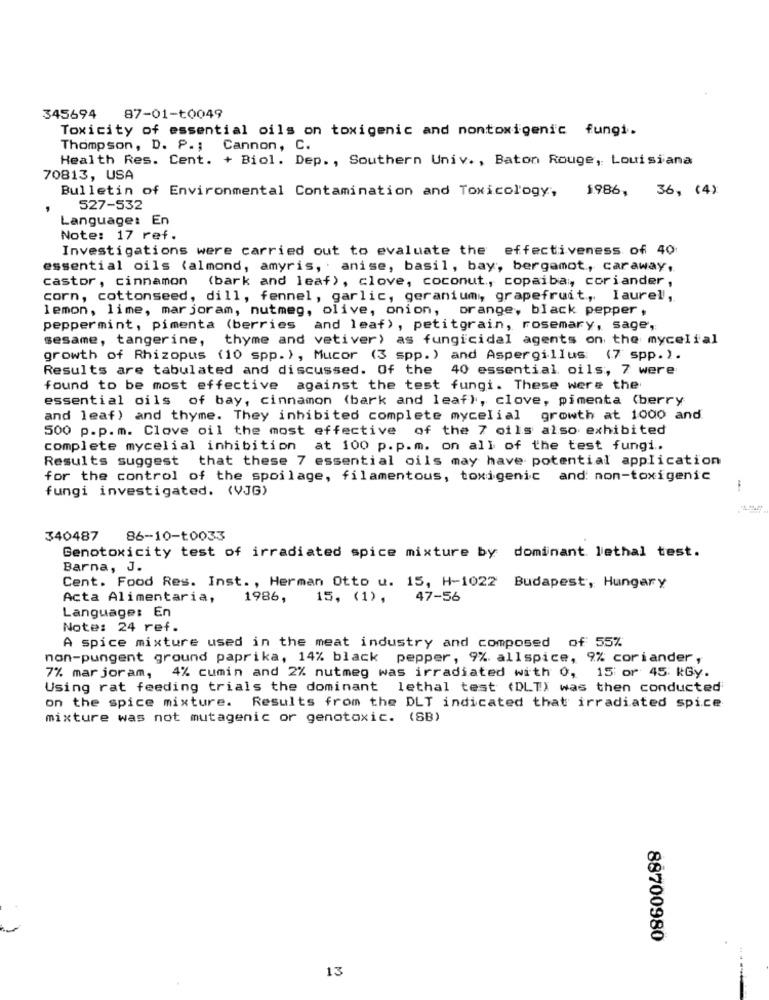
345694
87-01-t0049
Toxicity of essential oils on toxigenic and nontoxigenic fungi.
Thompson, D. P .; Cannon, C.
Health Res. Cent. + Biol. Dep ., Southern Univ ., Baton Rouge, Louisiana
70813, USA
Bulletin of Environmental Contamination and Toxicology, 1986, 36, (4)
527-532
Language: En
Note: 17 ref.
Investigations were carried out to evaluate the effectiveness of 40
essential oils (almond, amyris, anise, basil, bay, bergamot, caraway,
castor, cinnamon
(bark and leaf), clove, coconut, copaiba, coriander ,
corn, cottonseed, dill, fennel, garlic, geranium, grapefruit, laurel,
lemon, lime, mar joram, nutmeg, olive, onion, orange, black pepper ,
peppermint, pimenta (berries and leaf), petitgrain, rosemary, sage,
sesame, tangerine, thyme and vetiver) as fungicidal agents on the mycelial
growth of Rhizopus (10 spp. ), Mucor (3 spp.) and Aspergillus (7 spp.).
Results are tabulated and discussed. Of the 40 essential oils, 7 were
found to be most effective against the test fungi. These were the
essential oils of bay, cinnamon (bark and leaf), clove, pimenta (berry
and leaf) and thyme. They inhibited complete mycelial growth at 1000 and
500 p.p.m. Clove oil the most effective of the 7 oils also exhibited
complete mycelial inhibition at 100 p.p.m. on all of the test fungi ..
Results suggest that these 7 essential oils may have potential application
for the control of the spoilage, filamentous, toxigenic and non-toxigenic
fungi investigated. (VJG)
340487
86-10-t0033
Genotoxicity test of irradiated spice mixture by dominant lethal test.
Barna, J.
Cent. Food Res. Inst. , Herman Otto u. 15, H-1022 Budapest, Hungary
Acta Alimentaria,
1986,
15, (1),
47-56
Language: En
Note: 24 ref.
A spice mixture used in the meat industry and composed of 55%
non-pungent ground paprika, 14% black pepper, 9%. allspice, 9% coriander ,
7% mar joram, 4% cumin and 2% nutmeg was irradiated with 0, 15: or 45 KGy.
Using rat feeding trials the dominant lethal test (DLTX was then conducted
on the spice mixture. Results from the DLT indicated that irradiated spice
mixture was not mutagenic or genotoxic. (SB)
88700980
13